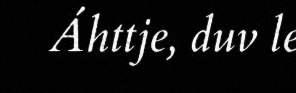
Áhttje, duv le